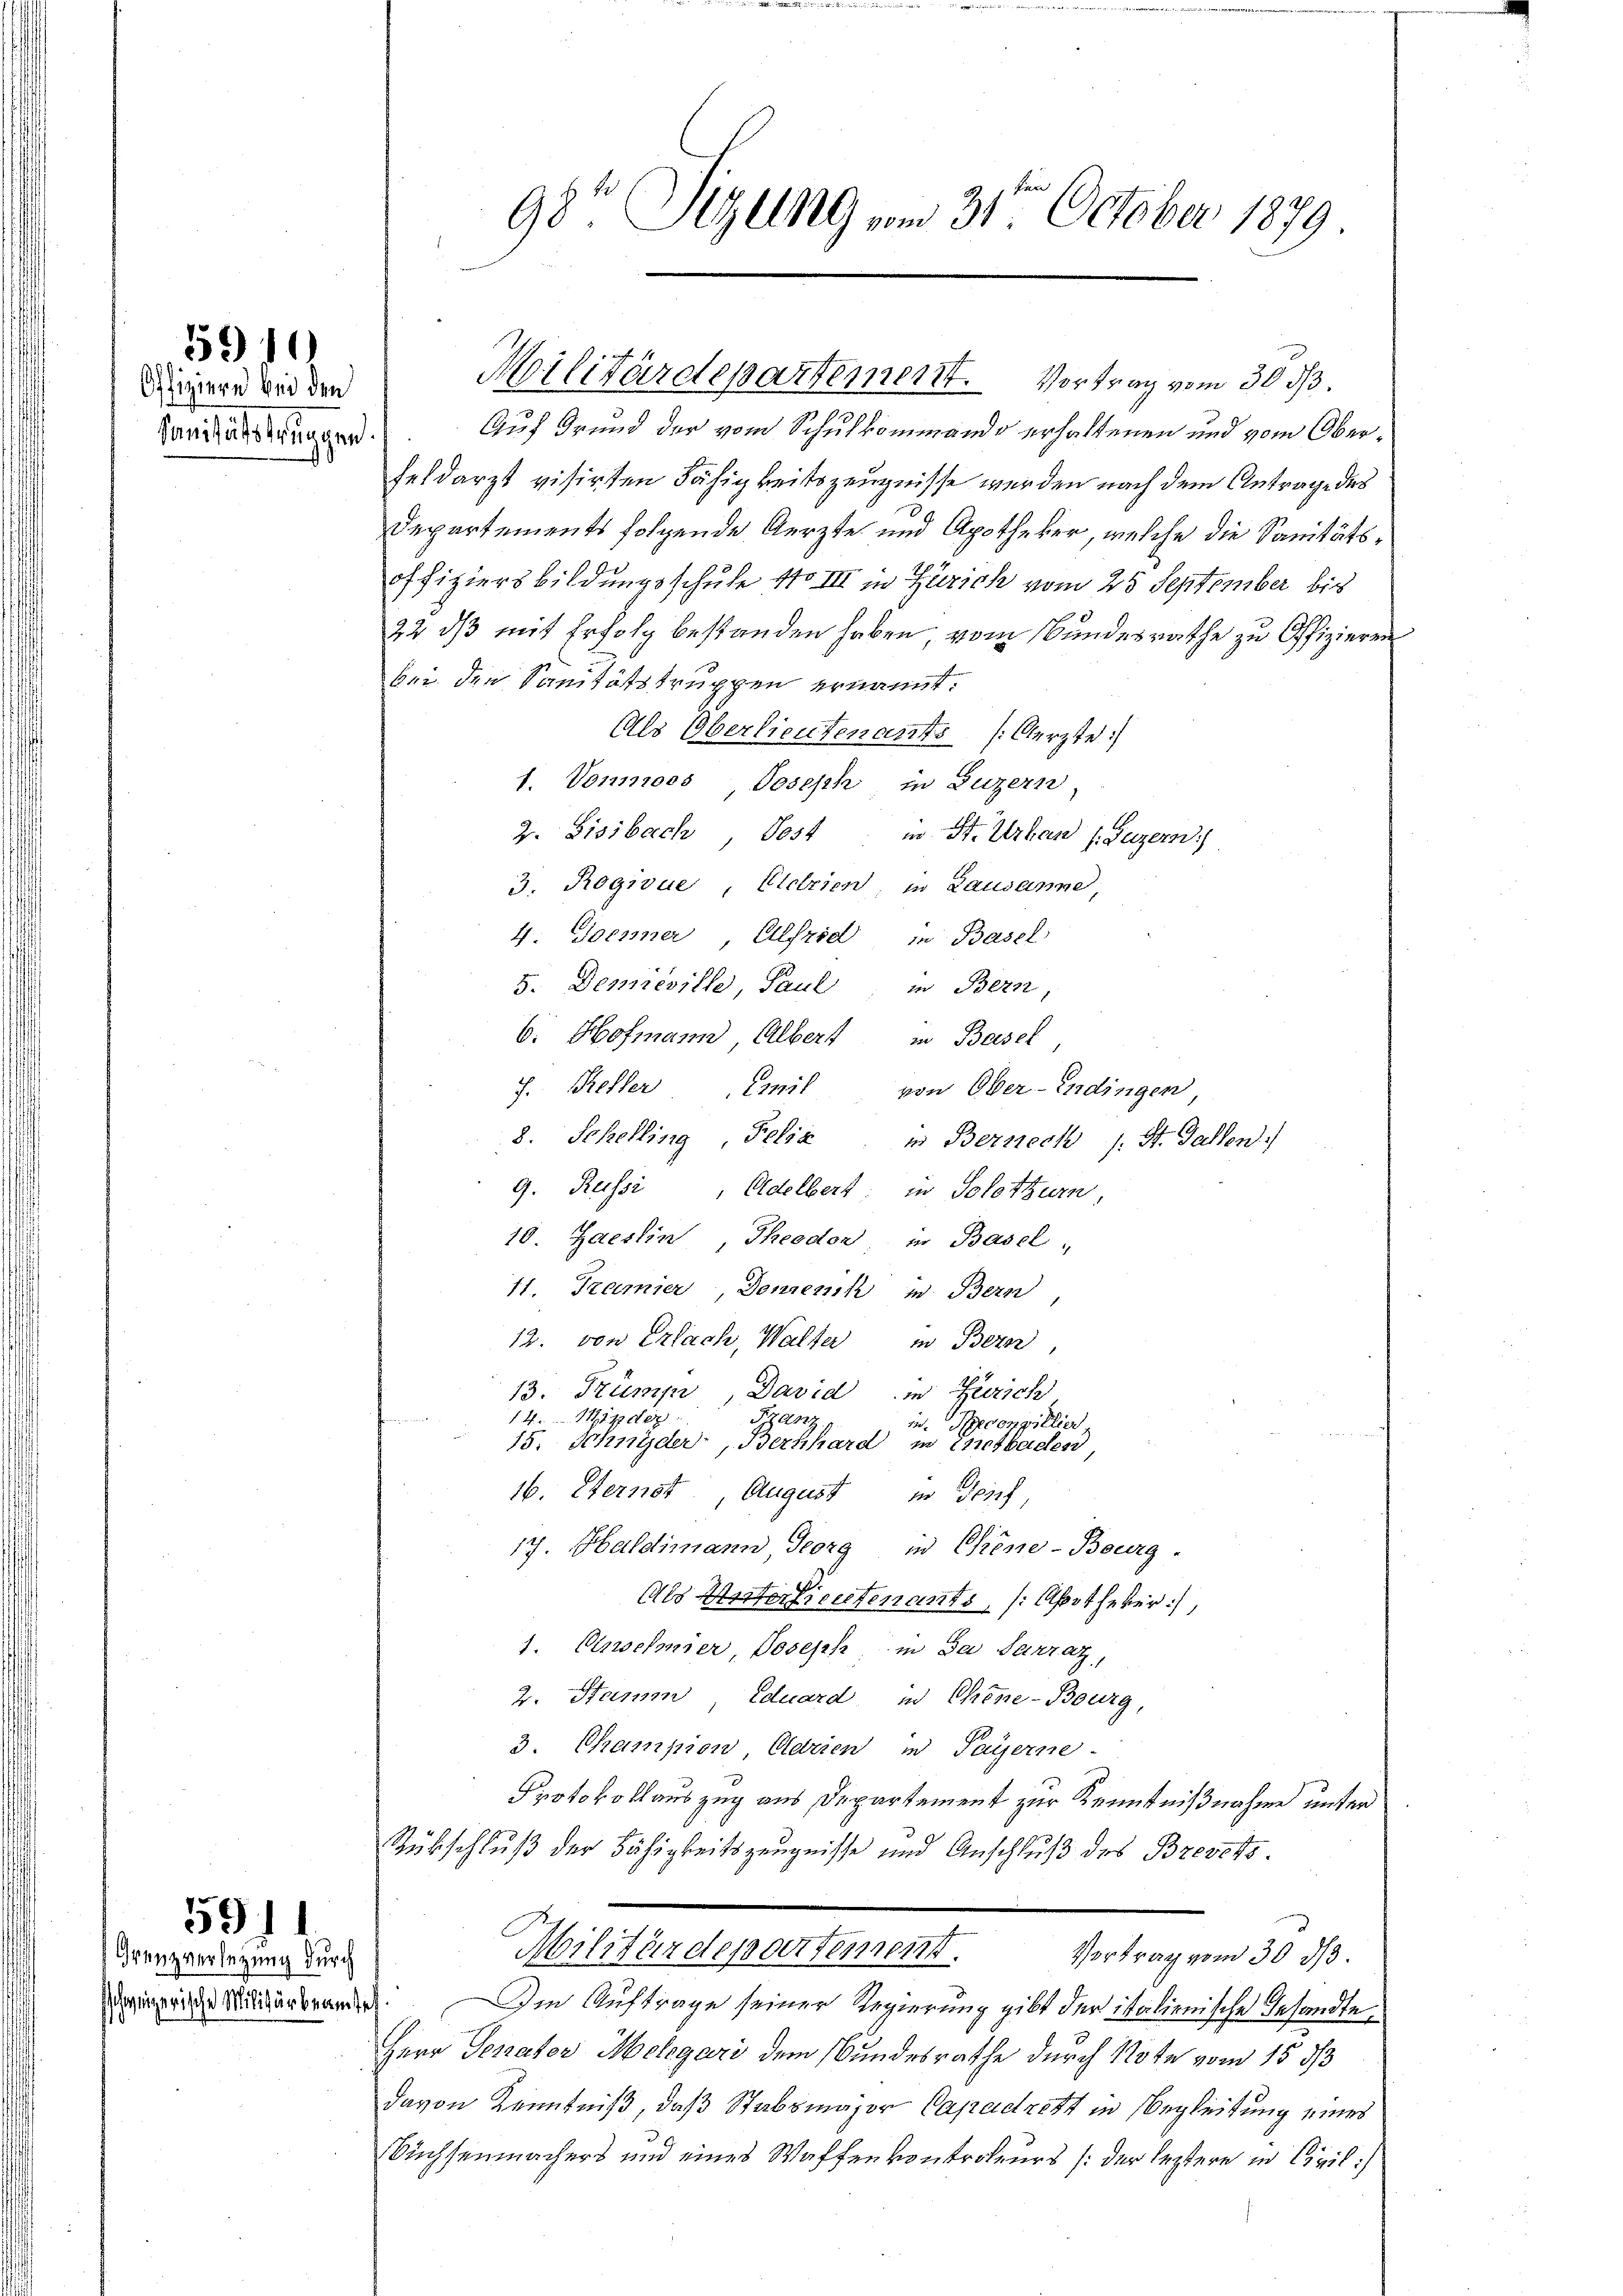
Offiziere bei den
Janitätstungen.

5910

Grenzverlegung durch

5911

Auf Grund der vom Schulkommando erhaltenen und vom Oberfeldarzt visirten Fähigkeitszeugnisse werden nach dem Antrage des
Departements folgende Aerzte und Apotheker, welche die Sanitätsoffiziers bildungsschule No III in Zürich vom 25 September bis
32 dß mit Erfolg bestanden haben, vom Bundesrathe zu Offizieren
bei den Sanitätstruppen ernannt.
Als Oberlieutenants (Aerzte:
1. Vonmoos, Joseph, in Luzern,
Z. Gisibach, Jost, in St. Urban (Luzern)
3. Rogivue, Eletrien, in Lausanne,
4. Jenner Elfrid in Basel
5. Demieville, Paul, in Bern,
6. Hofmann Albert in Basel
J. Keller
Emil
von Ober-Endingen
8. Schelling Felix in Bernech
s: St. Gallen.
9. Russi, Adelbert: in Solothurn,
10. Jaessin, Theodor in Basel,
11. Tramier, Densenik in Bern
12. von Erlach, Walter
in Bern,
13. Stump, David
in Zürich
14. Minder
Panz.
in Reconpillier
15. Schnyder, Bernhard in Entbaden,
16. Sternst August in Genf,
17. Haldimann, Georg in Chine-Beurg.
Als Unterlieutenants, (Apotheker),
1. Erwehner, Joseph in da Sarraz,
2. Stamm Eduard in Chine-Bourg,
3. Champion, Clerien in Payerne-
Protokollauszug aus Departement zur Kenntnißnahme unter
Rübschluß der Fähigkeitszeugnisse und Anschluß des Brevets
Militärdepartement.
Vortrag vom 30. ds.
ierige Miterbranden. Im Auftrage seiner Regierung gibt der italienische Insandte
Herr Senator Melgari dem Bundesrathe durch Note vom 15. ds
davon Kenntniß, daß Stabsmajor Capadrett in Begleitung eines
üchsenmachers und eines Waffenkontroleurs (der leztere in Civil

98te Sitzung vom 31ten October 1879.

Militärdepartement. Vortrag vom 30. ds.